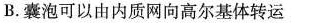
B.囊泡可以由内质网向高尔基体转运